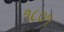
૧૮૦૧